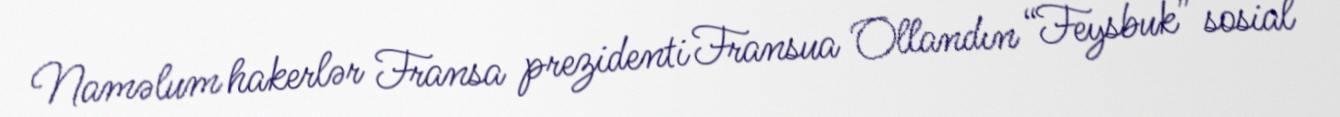
Naməlum hakerlər Fransa prezidenti Fransua Ollandın “Feysbuk” sosial